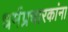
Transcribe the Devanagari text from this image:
धर्मप्रचारकांना